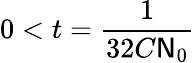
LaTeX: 0<t=\frac{1}{32C\mathsf{N}_{0}}